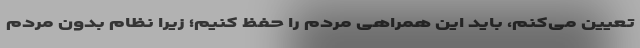
تعیین می‌کنم، باید این همراهی مردم را حفظ کنیم؛ زیرا نظام بدون مردم